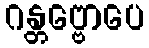
ဂန္တဗ္ဗောပေ